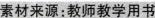
素材来源：教师教学用书